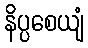
နိပ္ပစေယျံ